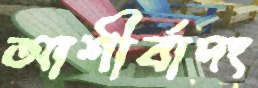
আশীর্বাদং